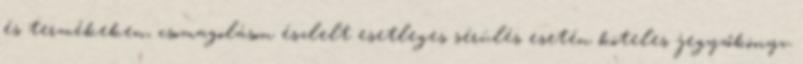
és termékeken, csomagoláson észlelt esetleges sérülés esetén köteles jegyzőkönyv